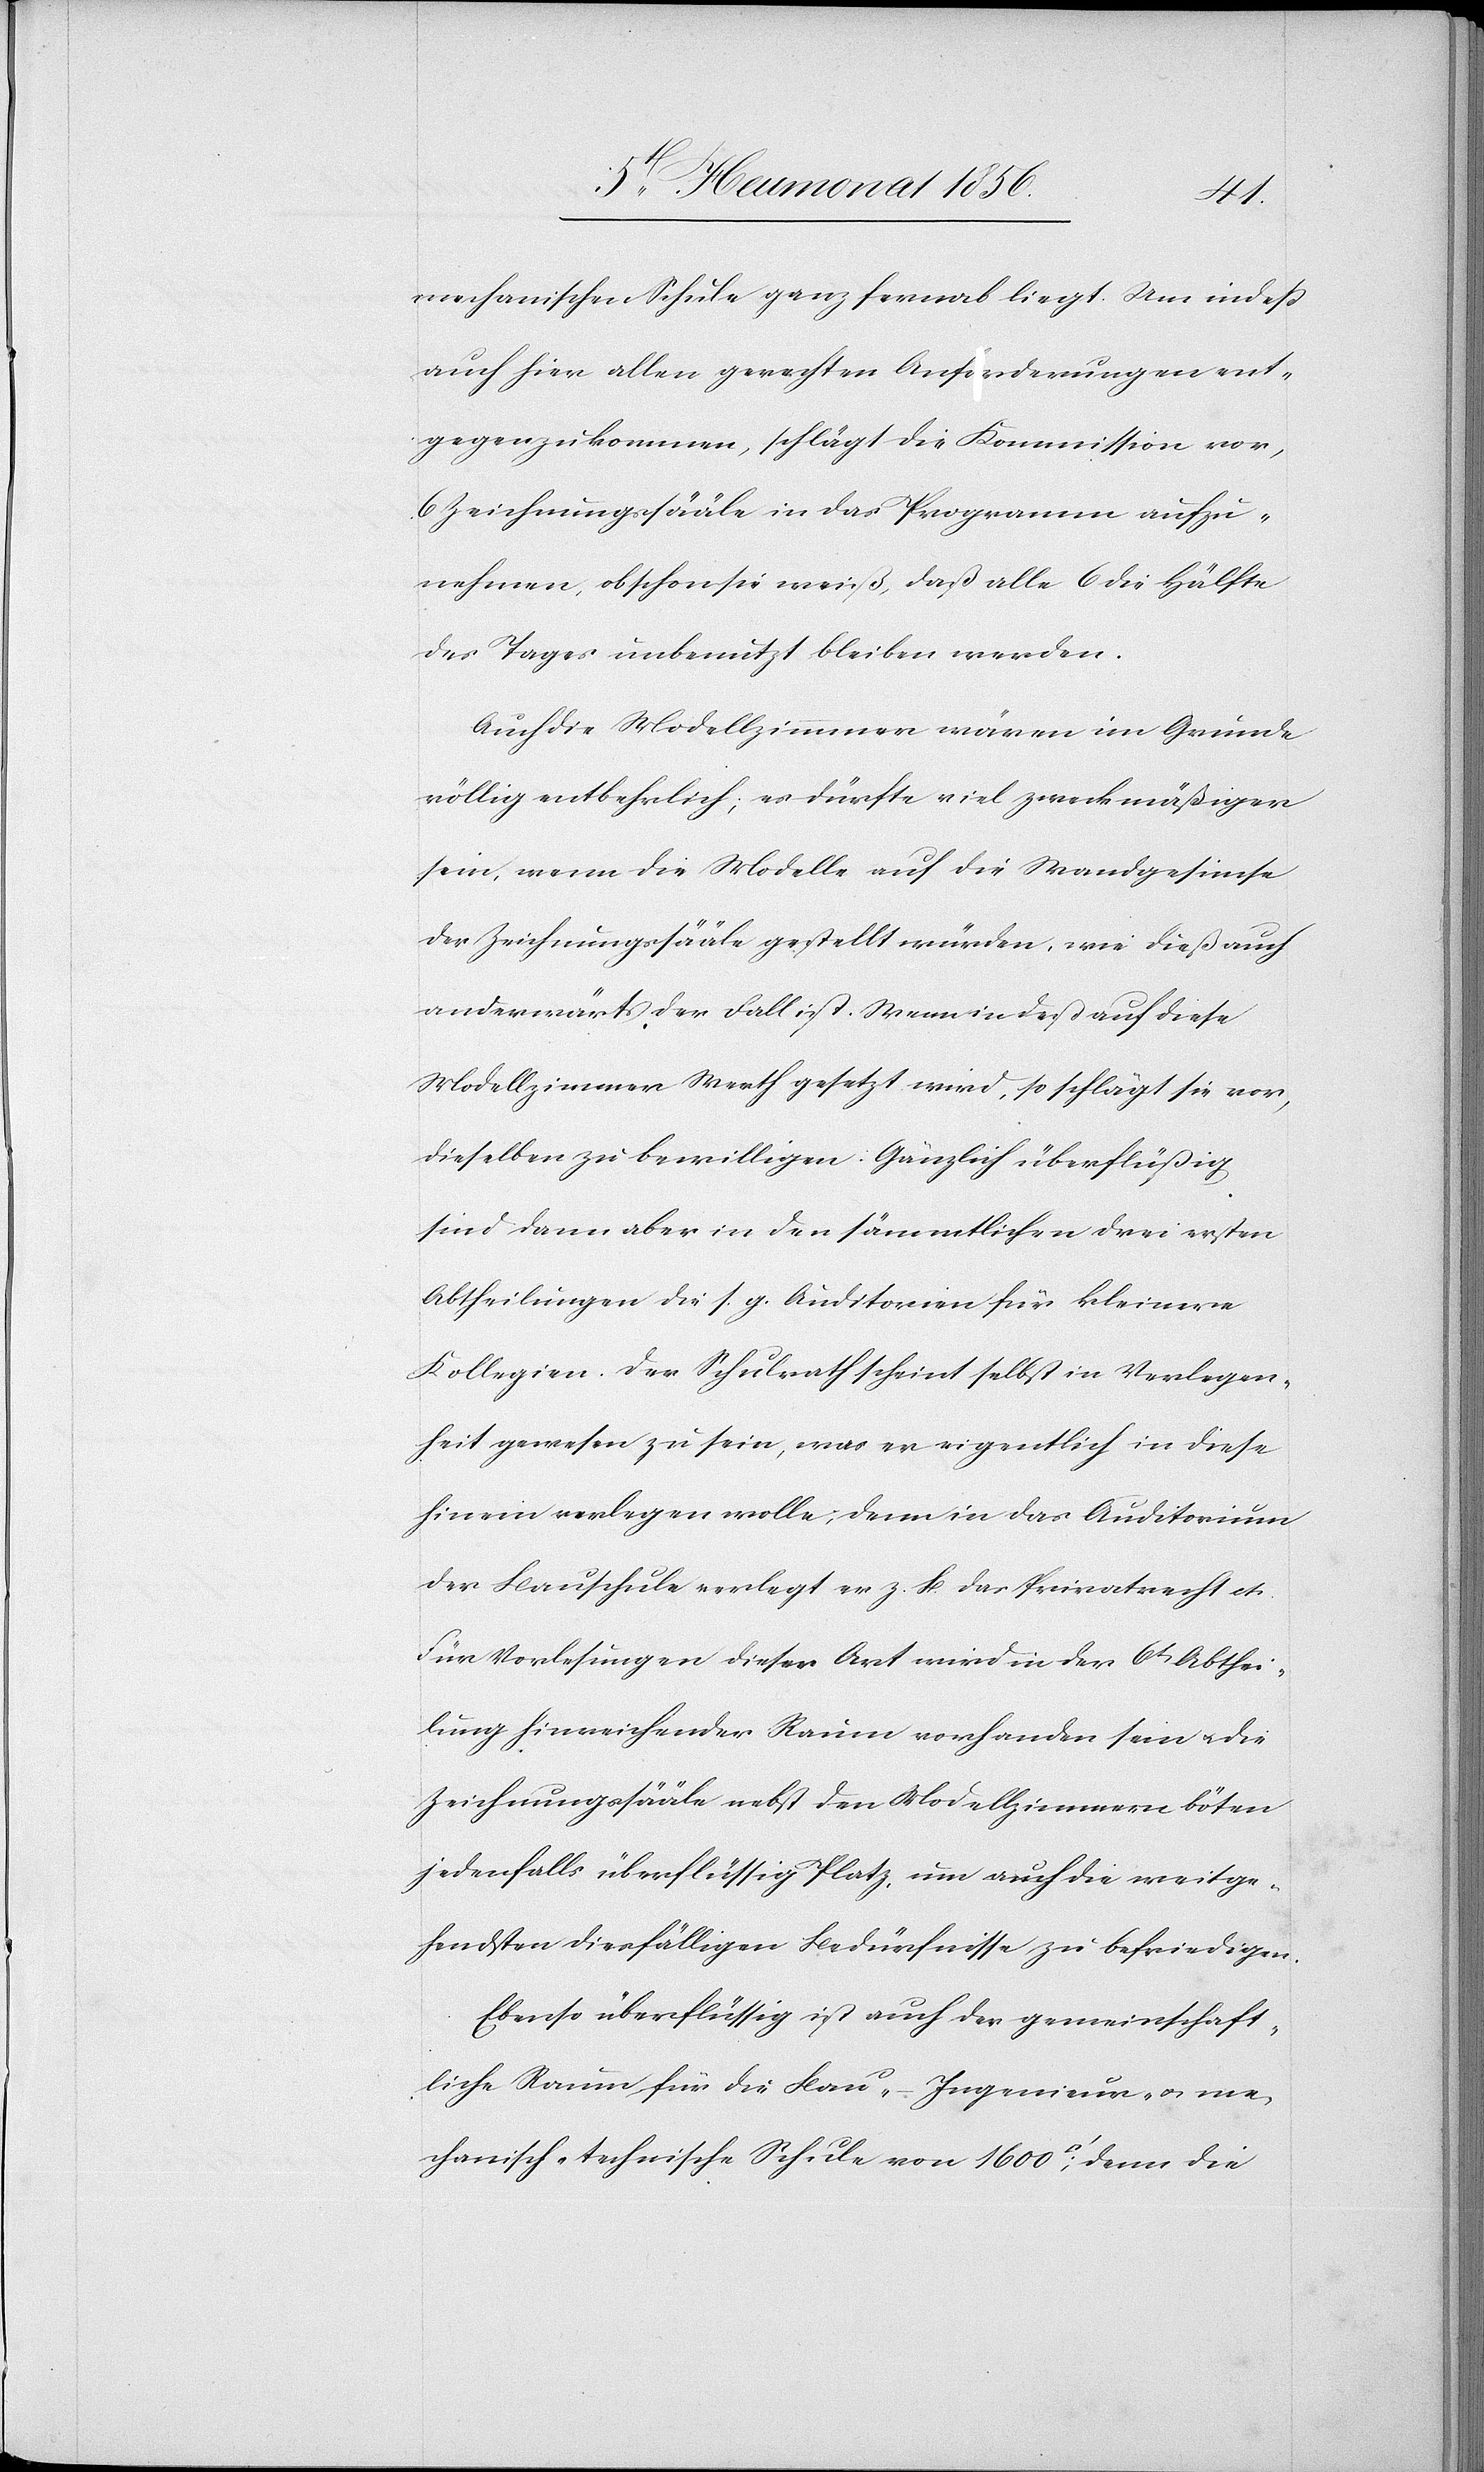
lzimmer]
mechanischen Schule ganz fernab liegt. Um indess
auch hier allen gerechten Anforderungen ent¬
gegenzukommen, schlägt die Kommission vor,
6 Zeichnungssääle in das Programm aufzu¬
nehmen, obschon sie weiß, daß alle 6 die Hälfte
des Tages unbenutzt bleiben werden.
Auch die Modellzimmmer [recte: Model¬
völlig entbehrlich; es dürfte viel zweckmäßiger
sein, wenn die Modelle auf die Wandgesimse
der Zeichnungssääle gestellt würden, wie dieß auch
anderwärts der Fall ist. Wenn indeß auf diese
Modellzimmer Werth gesetzt wird, so schlägt sie vor,
dieselben zu bewilligen. Gänzlich überflüßig
sind dann aber in den sämmtlichen drei ersten
Abtheilungen die s. g. Auditorien für kleinere
Kollegien. Der Schulrath scheint selbst in Verlegen¬
heit gewesen zu sein, was er eigentlich in diese
hinein verlegen wolle; denn in das Auditorium
der Bauschule verlegt er z. B. das Privatrecht etc.
Für Vorlesungen dieser Art wird in der 6t Abthei¬
lung hinreichender Raum vorhanden sein u. die
Zeichnungssääle nebst den Modellzimmern böten
jedenfalls überflüssig Platz, um auch die weitge¬
hendsten diesfälligen Bedürfnisse zu befriedigen.
Ebenso überflüssig ist auch der gemeinschaft¬
liche Raum für die Bau- – Ingenieur- u. me¬
chanisch-technische Schule von 1600 [Quadratfuss]; denn